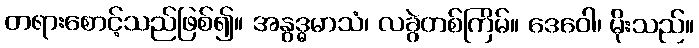
တရားစောင့်သည်ဖြစ်၍။ အနွဒ္ဓမာသံ၊ လခွဲတစ်ကြိမ်။ ဒေဝေါ၊ မိုးသည်။